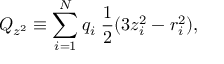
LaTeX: Q _ { z ^ { 2 } } \equiv \sum _ { i = 1 } ^ { N } q _ { i } \; { \frac { 1 } { 2 } } ( 3 z _ { i } ^ { 2 } - r _ { i } ^ { 2 } ) ,